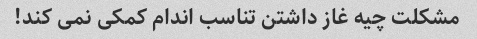
مشکلت چیه غاز داشتن تناسب اندام کمکی نمی کند!